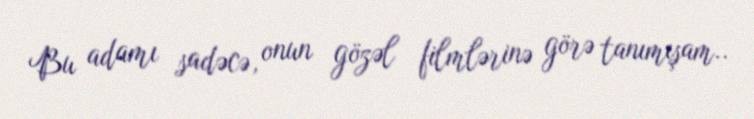
Bu adamı sadəcə, onun gözəl filmlərinə görə tanımışam..